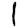
Digit: 1